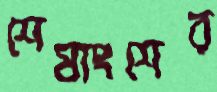
শেষাংশের